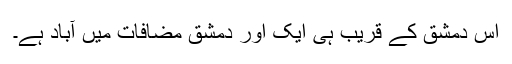
اس دمشق کے قریب ہی ایک اور دمشق مضافات میں آباد ہے۔